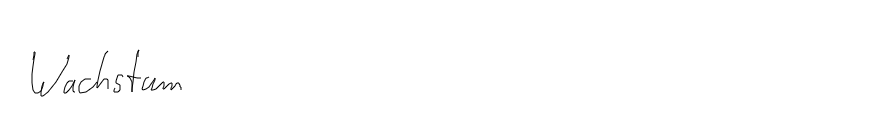
Wachstum